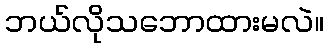
ဘယ်လိုသဘောထားမလဲ။